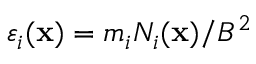
\varepsilon _ { i } ( { \bf x } ) = { m _ { i } N _ { i } ( { \bf x } ) / B ^ { 2 } }